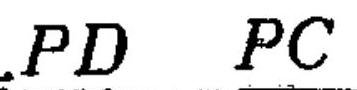
\(PD\ \ PC\)